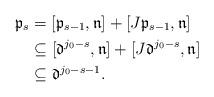
LaTeX: \begin{align*} \mathfrak{p}_s & = [\mathfrak{p}_{s-1},\mathfrak{n}] +[J\mathfrak{p}_{s-1},\mathfrak{n}] \\ & \subseteq [\mathfrak{d}^{j_0-s},\mathfrak{n}] +[J\mathfrak{d}^{j_0-s},\mathfrak{n}] \\ & \subseteq \mathfrak{d}^{j_0-s-1}.\end{align*}